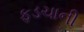
ફડચાની